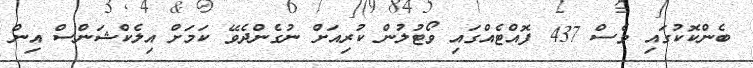
ބެންކޮކުގައި ވެސް 437 ފޮއްޓެއްގައި ވޯޓުލުން ކުރިއަށް ނުގެންދެވޭ ކަމަށް އިލެކްޝަންސް އިން